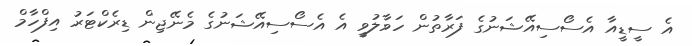
އެ ސީޑީއާ އެސޯސިއޭޝަނުގެ ފަރާތުން ހަވާލުވީ އެ އެސޯސިއޭޝަނުގެ މެނޭޖިން ޑިރެކްޓަރު އިފްހާމް